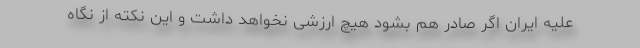
علیه ایران اگر صادر هم بشود هیچ ارزشی نخواهد داشت و این نکته از نگاه